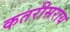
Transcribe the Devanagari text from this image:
कतरीसराय